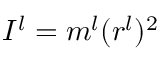
I ^ { l } = m ^ { l } ( r ^ { l } ) ^ { 2 }